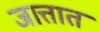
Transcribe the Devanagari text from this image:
जात्तात